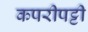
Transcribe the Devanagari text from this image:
कपरीपट्टी